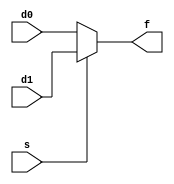
module cjb_nbit_mux2to1_struc_v (d1, d0, s, f);

parameter       n = 8;

input	  [n-1:0] d1, d0;
input           s;
output  [n-1:0] f;

assign f = s ? d1 : d0; // ternary operator: conditional assignment

endmodule